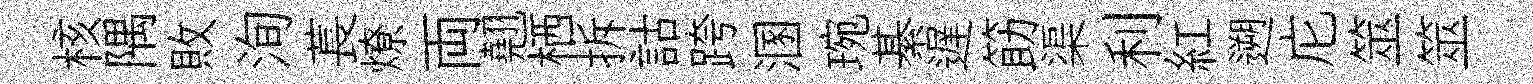
核隅敗洵萇燎両翹栖拆詁跨溷琬綦遅筯渠利紅遡庀筮筮